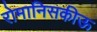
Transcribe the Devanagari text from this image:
रोमानिसकीऊ